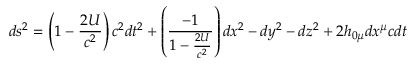
d s ^ { 2 } = \left( 1 - \frac { 2 U } { c ^ { 2 } } \right) c ^ { 2 } d t ^ { 2 } + \left( \frac { - 1 } { 1 - \frac { 2 U } { c ^ { 2 } } } \right) d x ^ { 2 } - d y ^ { 2 } - d z ^ { 2 } + 2 h _ { 0 \mu } d x ^ { \mu } c d t